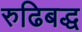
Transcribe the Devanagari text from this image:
रुढिबद्ध